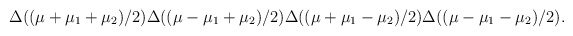
\begin{align*}\Delta((\mu+\mu_1+\mu_2)/2)\Delta((\mu-\mu_1+\mu_2)/2)\Delta((\mu+\mu_1-\mu_2)/2)\Delta((\mu-\mu_1-\mu_2)/2).\end{align*}